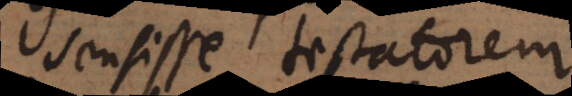
sensisse testatorem,